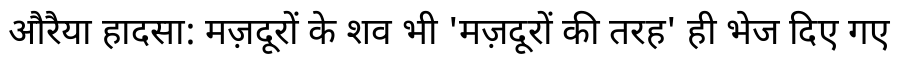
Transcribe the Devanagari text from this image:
औरैया हादसा: मज़दूरों के शव भी 'मज़दूरों की तरह' ही भेज दिए गए